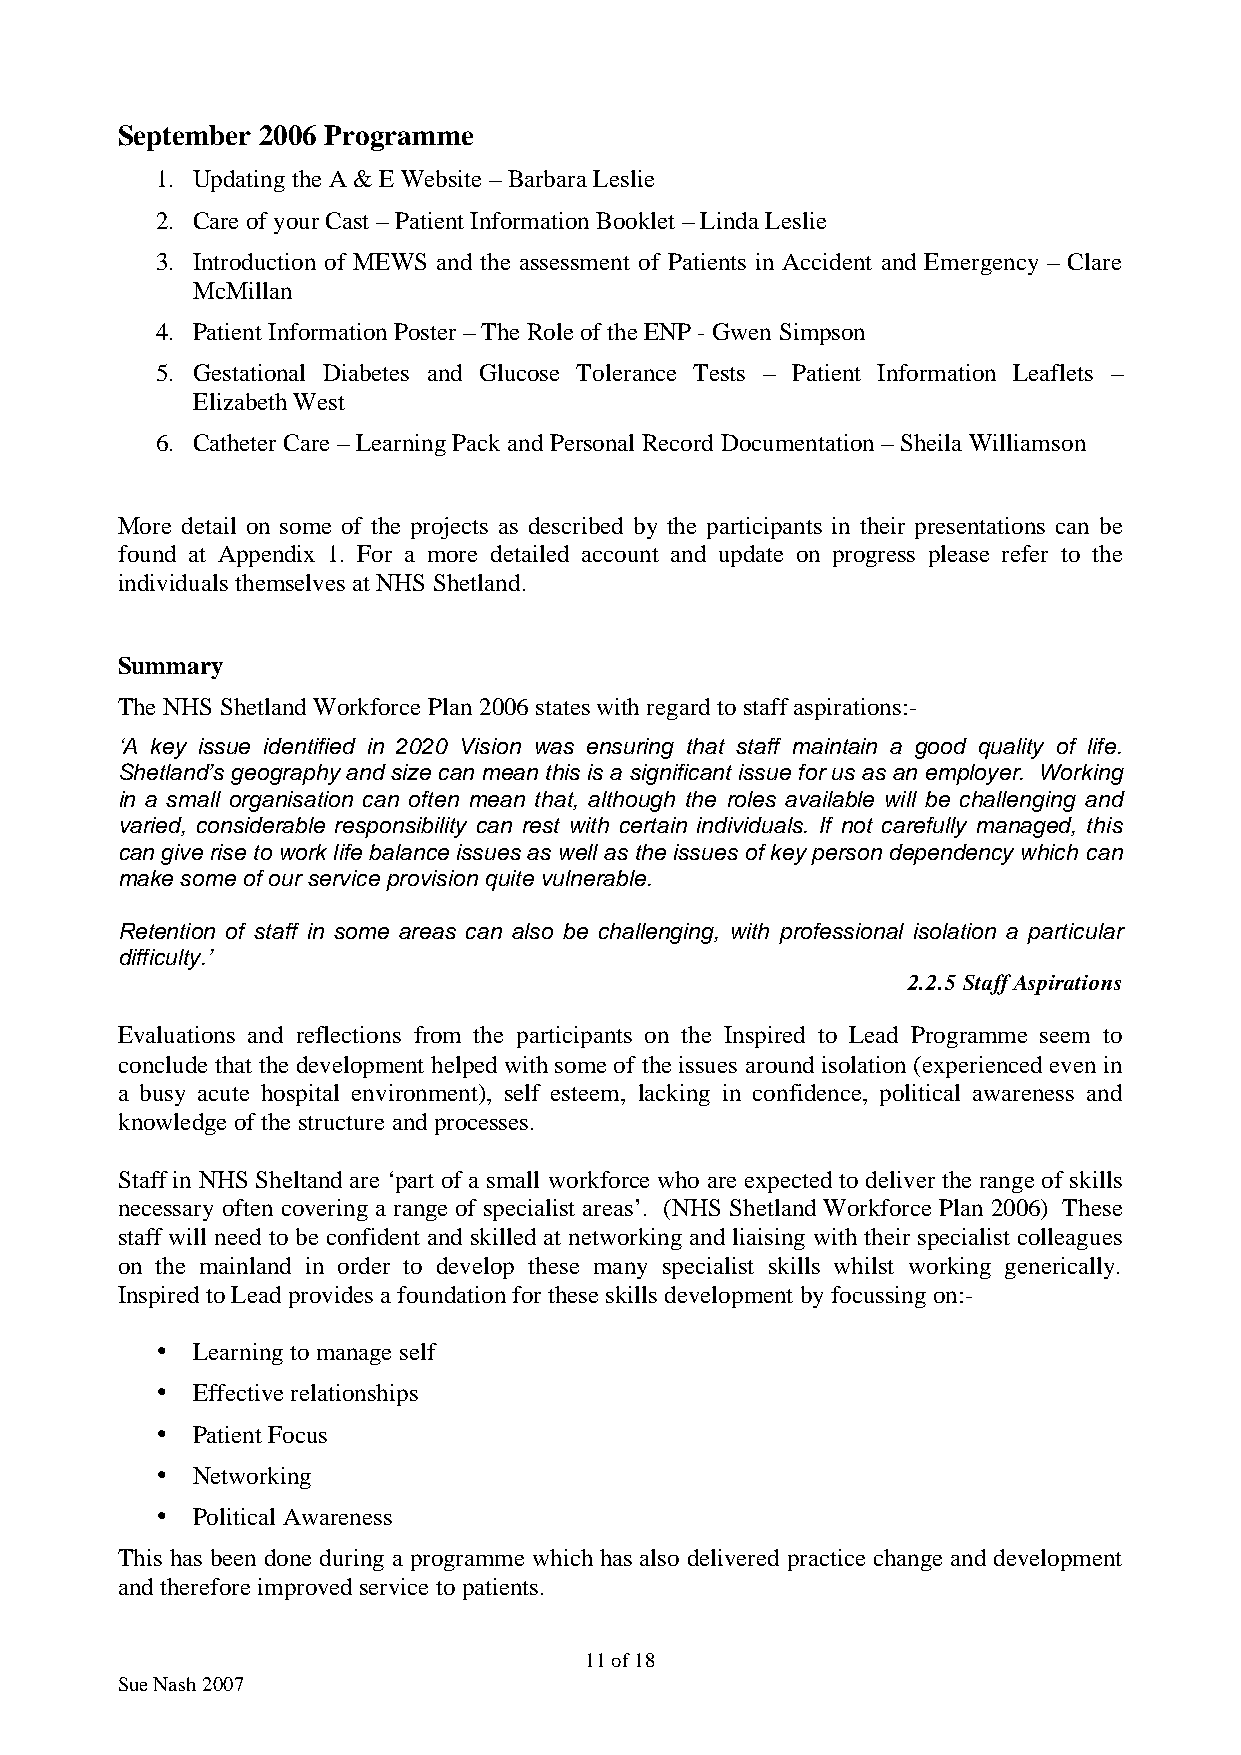
September 2006 Programme
 1. Updating the A & E Website – Barbara Leslie
 2. Care of your Cast – Patient Information Booklet – Linda Leslie
 3. Introduction of MEWS and the assessment of Patients in Accident and Emergency – Clare
 McMillan
 4. Patient Information Poster – The Role of the ENP - Gwen Simpson
 5. Gestational Diabetes and Glucose Tolerance Tests – Patient Information Leaflets –
 Elizabeth West
 6. Catheter Care – Learning Pack and Personal Record Documentation – Sheila Williamson
 More detail on some of the projects as described by the participants in their presentations can be
 found at Appendix 1. For a more detailed account and update on progress please refer to the
 individuals themselves at NHS Shetland.
 Summary
 The NHS Shetland Workforce Plan 2006 states with regard to staff aspirations:-
 ‘A key issue identified in 2020 Vision was ensuring that staff maintain a good quality of life.
 Shetland’s geography and size can mean this is a significant issue for us as an employer. Working
 in a small organisation can often mean that, although the roles available will be challenging and
 varied, considerable responsibility can rest with certain individuals. If not carefully managed, this
 can give rise to work life balance issues as well as the issues of key person dependency which can
 make some of our service provision quite vulnerable.
 Retention of staff in some areas can also be challenging, with professional isolation a particular
 difficulty.’
 2.2.5 Staff Aspirations
 Evaluations and reflections from the participants on the Inspired to Lead Programme seem to
 conclude that the development helped with some of the issues around isolation (experienced even in
 a busy acute hospital environment), self esteem, lacking in confidence, political awareness and
 knowledge of the structure and processes.
 Staff in NHS Sheltand are ‘part of a small workforce who are expected to deliver the range of skills
 necessary often covering a range of specialist areas’. (NHS Shetland Workforce Plan 2006) These
 staff will need to be confident and skilled at networking and liaising with their specialist colleagues
 on the mainland in order to develop these many specialist skills whilst working generically.
 Inspired to Lead provides a foundation for these skills development by focussing on:-
 •  Learning to manage self
 •  Effective relationships
 •  Patient Focus
 •  Networking
 •  Political Awareness
 This has been done during a programme which has also delivered practice change and development
 and therefore improved service to patients.
 11 of 18
 Sue Nash 2007